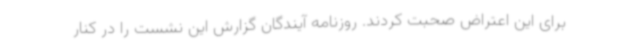
برای این اعتراض صحبت کردند. روزنامه آیندگان گزارش این نشست را در کنار